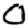
Digit: 0